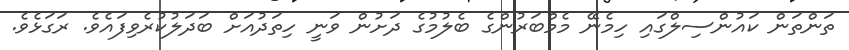
ތަންތަން ކައުންސިލްގައި ހިމެނޭ މެމްބަރުންގެ ބެލުމުގެ ދަށުން ވަނީ ހިތަދުއަށް ބަދަލުކުރެވިފައެވެ. ރަގަޅެވެ.